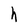
Character: h